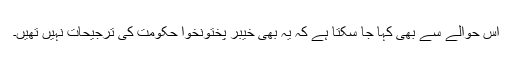
اس حوالے سے بھی کہا جا سکتا ہے کہ یہ بھی خیبر پختونخوا حکومت کی ترجیحات نہیں تھیں۔